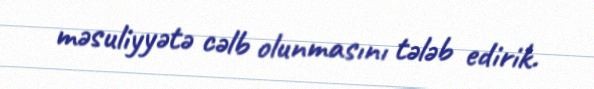
məsuliyyətə cəlb olunmasını tələb edirik.